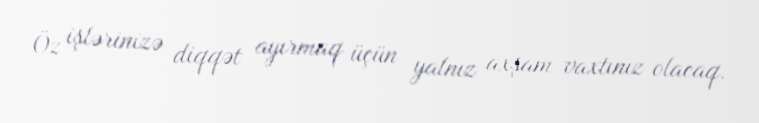
Öz işlərinizə diqqət ayırmaq üçün yalnız axşam vaxtınız olacaq.